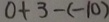
0 + 3 - ( - 1 0 )